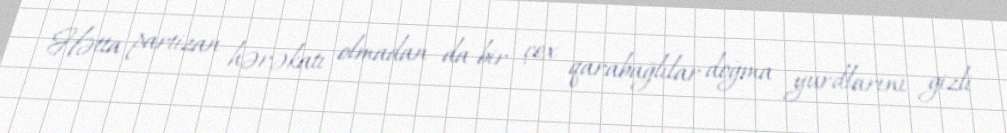
Hətta partizan hərəkatı olmadan da bir çox qarabağlılar doğma yurdlarını gizli